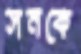
সনকে